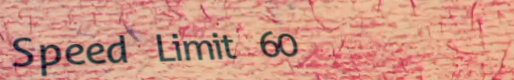
Speed Limit 60